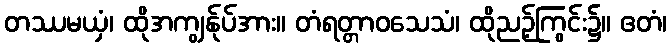
တဿမယှံ၊ ထိုအကျွန်ုပ်အား။ တံရတ္တာဝသေသံ၊ ထိုညဉ့်ကြွင်း၌။ ဧတံ၊